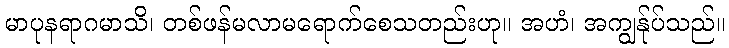
မာပုနရာဂမာသိ၊ တစ်ဖန်မလာမရောက်စေသတည်းဟု။ အဟံ၊ အကျွန်ုပ်သည်။